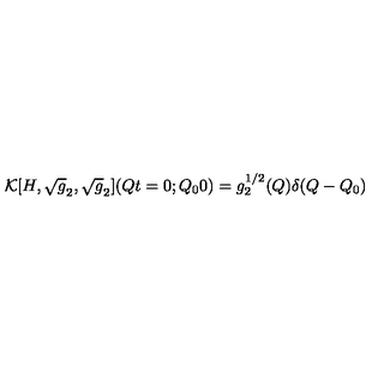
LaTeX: { \cal K } [ H , \sqrt { g } _ { 2 } , \sqrt { g } _ { 2 } ] ( Q t = 0 ; Q _ { 0 } 0 ) = g _ { 2 } ^ { 1 / 2 } ( Q ) \delta ( Q - Q _ { 0 } )